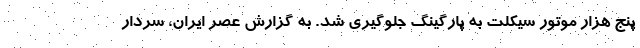
پنج هزار موتور سیکلت به پارگینگ جلوگیری شد. به گزارش عصر ایران، سردار